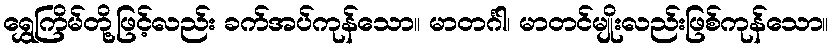
ရွှေကြိမ်တို့ဖြင့်လည်း ခက်အပ်ကုန်သော။ မာတင်္ဂါ၊ မာတင်မျိုးလည်းဖြစ်ကုန်သော။